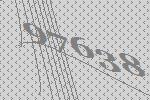
97638